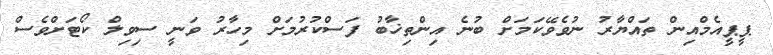
ޕީޕީއެމްއިން ތައްޔާރު ނުވެވޭކަމަށް ބުނެ އިންތިޚާބު ފަސްކުރުމަށް މިހާރު ވަނީ ސިވިލް ކޯޓަށްވެސް